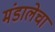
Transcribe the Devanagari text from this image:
मंडालेचा